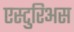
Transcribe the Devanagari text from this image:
एस्टुरिअस